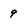
Character: 9